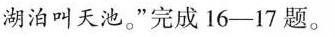
湖泊叫天池。”完成16-17题。